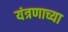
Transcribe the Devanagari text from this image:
यंत्रणाच्या